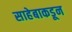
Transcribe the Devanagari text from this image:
साहेबाकडून